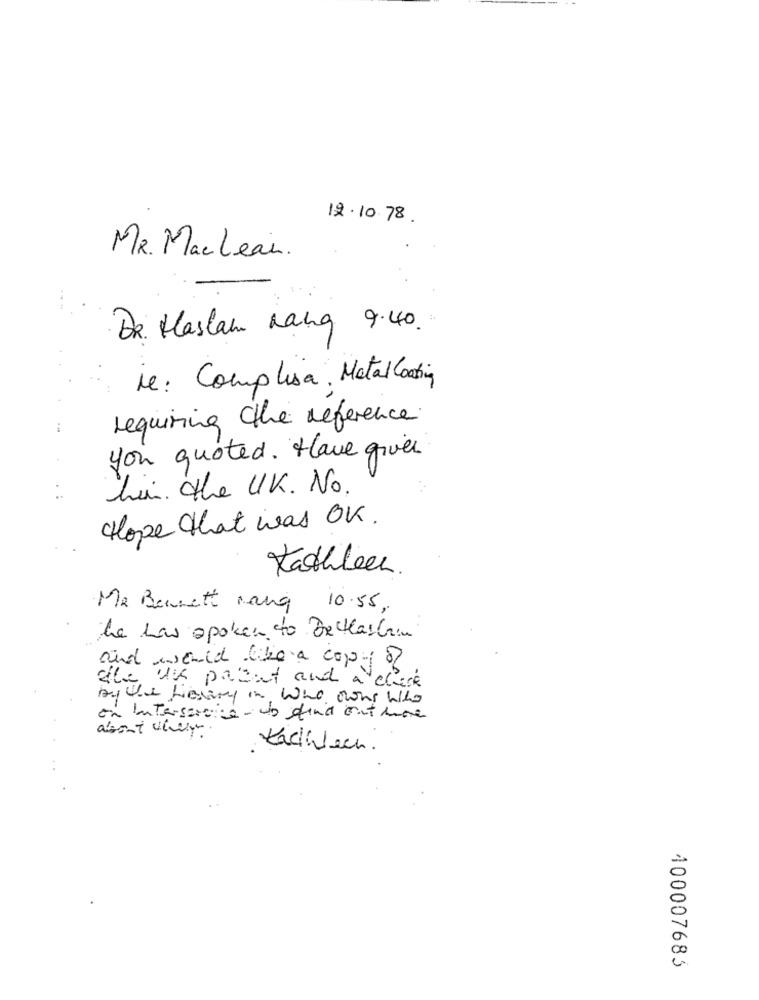
12.10.78.
MR. Maclean.
Dr. Haslam Lang 9.40.
re: Complisa, Metal Coating
requiring the reference.
you quoted . Have given
hin . the UK. No.
Hope that was OK.
Kathleen.
Me Bennett rang 10.55,
he has spoken to Bechastrin
and would like a copy of
the un parent and a check
Aqule Library in who owns who
on buterservice- us find out une
about why.
Kachlech.
100007685